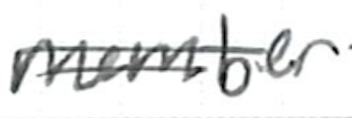
Text: member
Cross-out: double-line
Writing tool: ballpoint